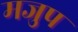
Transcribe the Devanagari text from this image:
मजुप